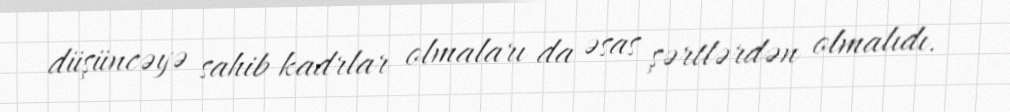
düşüncəyə sahib kadrlar olmaları da əsas şərtlərdən olmalıdı.